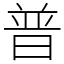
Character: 普